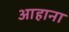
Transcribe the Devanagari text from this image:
आहाना